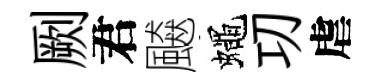
劂君飇蠅㓛虐